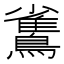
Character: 𪅓